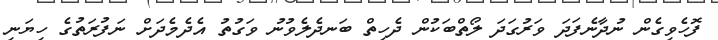
ފޮހެވިގެން ނުދާނެފަދަ ވަރުގަދަ ލޯތްބަކުން ދެހިތް ބަނދެލެެވުނު ވަގުތު އެދެމެދަށް ނަފުރަތުގެ ހިޔަނި